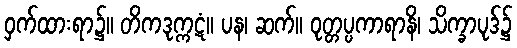
ဝှက်ထားရာ၌။ တိကဒုက္ကဋံ။ ပန၊ ဆက်။ ဝုတ္တပ္ပကာရာနိ၊ သိက္ခာပုဒ်၌